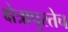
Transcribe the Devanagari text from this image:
क्षेत्रापुरतेच